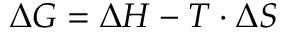
\Delta G = \Delta H - T \cdot \Delta S